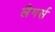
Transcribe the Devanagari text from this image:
लैगर्स